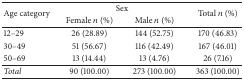
<table><thead><tr><td rowspan="2"><b>Age category</b></td><td colspan="2"><b>Sex</b></td><td rowspan="2"><b>Total <i>n</i> (%)</b></td></tr><tr><td><b>Female <i>n</i> (%)</b></td><td><b>Male <i>n</i> (%)</b></td></tr></thead><tbody><tr><td>12–29</td><td>26 (28.89)</td><td>144 (52.75)</td><td>170 (46.83)</td></tr><tr><td>30–49</td><td>51 (56.67)</td><td>116 (42.49)</td><td>167 (46.01)</td></tr><tr><td>50–69</td><td>13 (14.44)</td><td>13 (4.76)</td><td>26 (7.16)</td></tr><tr><td><i>Total</i></td><td>90 (100.00)</td><td>273 (100.00)</td><td>363 (100.00)</td></tr></tbody></table>